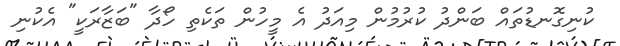
ކުނިގޮނޑުތައް ބަންދު ކުރުމުން މިއަދު އެ މީހުން ތަކެތި ހޯދާ "ބަޒާރަކީ" އެކުނި